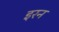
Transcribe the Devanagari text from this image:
इरन